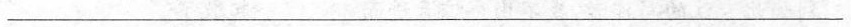
___